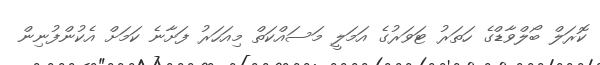
ކޮރަލް ބޯލްވާޑްގެ ހަތަރު ޓަވަރުގެ އަމަލީ މަސައްކަތް މިއަހަރު ފަށާނެ ކަމަށް އެކުންފުނިން